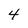
Character: 4